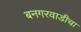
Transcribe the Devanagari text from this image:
बनगरवाडीचा